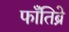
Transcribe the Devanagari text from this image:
फाँतिब्रे